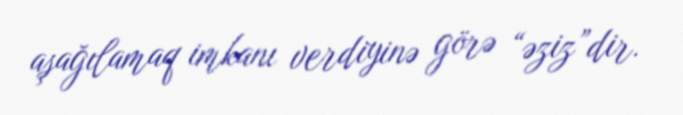
aşağılamaq imkanı verdiyinə görə “əziz”dir.